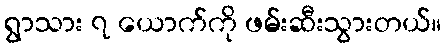
ရွာသား ၇ ယောက်ကို ဖမ်းဆီးသွားတယ်။